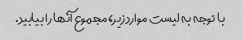
با توجه به لیست موارد زیر، مجموع آنها را بیابید.